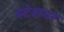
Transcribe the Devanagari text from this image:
स्टेशनर